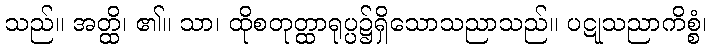
သည်။ အတ္ထိ၊ ၏။ သာ၊ ထိုစတုတ္ထာရုပ္ပ၌ရှိသောသညာသည်။ ပဋုသညာကိစ္စံ၊